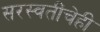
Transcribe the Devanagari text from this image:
सरस्वतींचेही